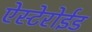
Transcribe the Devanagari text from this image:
ऐस्टेरोईड